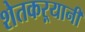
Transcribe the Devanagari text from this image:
शेतकऱ्यानी